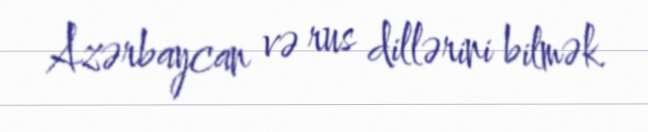
Azərbaycan və rus dillərini bilmək.